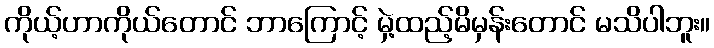
ကိုယ့်ဟာကိုယ်တောင် ဘာကြောင့် မှဲ့ထည့်မိမှန်းတောင် မသိပါဘူး။